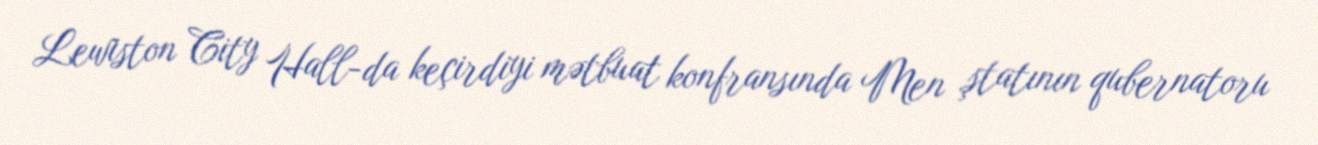
Lewiston City Hall-da keçirdiyi mətbuat konfransında Men ştatının qubernatoru